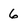
Character: 6